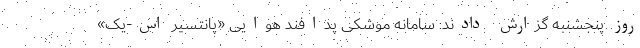
روز پنجشنبه گزارش دادند: سامانه موشکی پدافند هوایی «پانتسیر اس-یک»